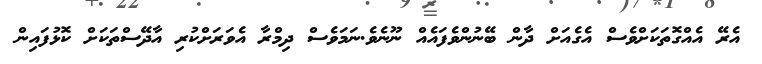
އެރޭ އެއްގޮތަކަށްވެސް އެގެއަށް ދާން ބޭނުންވެފައެއް ނޫނެވެ.ނަމަވެސް ދިމްރާ އެވަރަށްކުރި އާދޭސްތަކަށް ކޮޅުފައިން